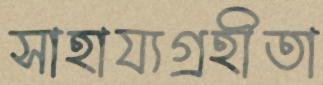
সাহায্যগ্রহীতা